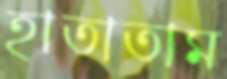
হাতাতাম